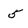
Character: 5